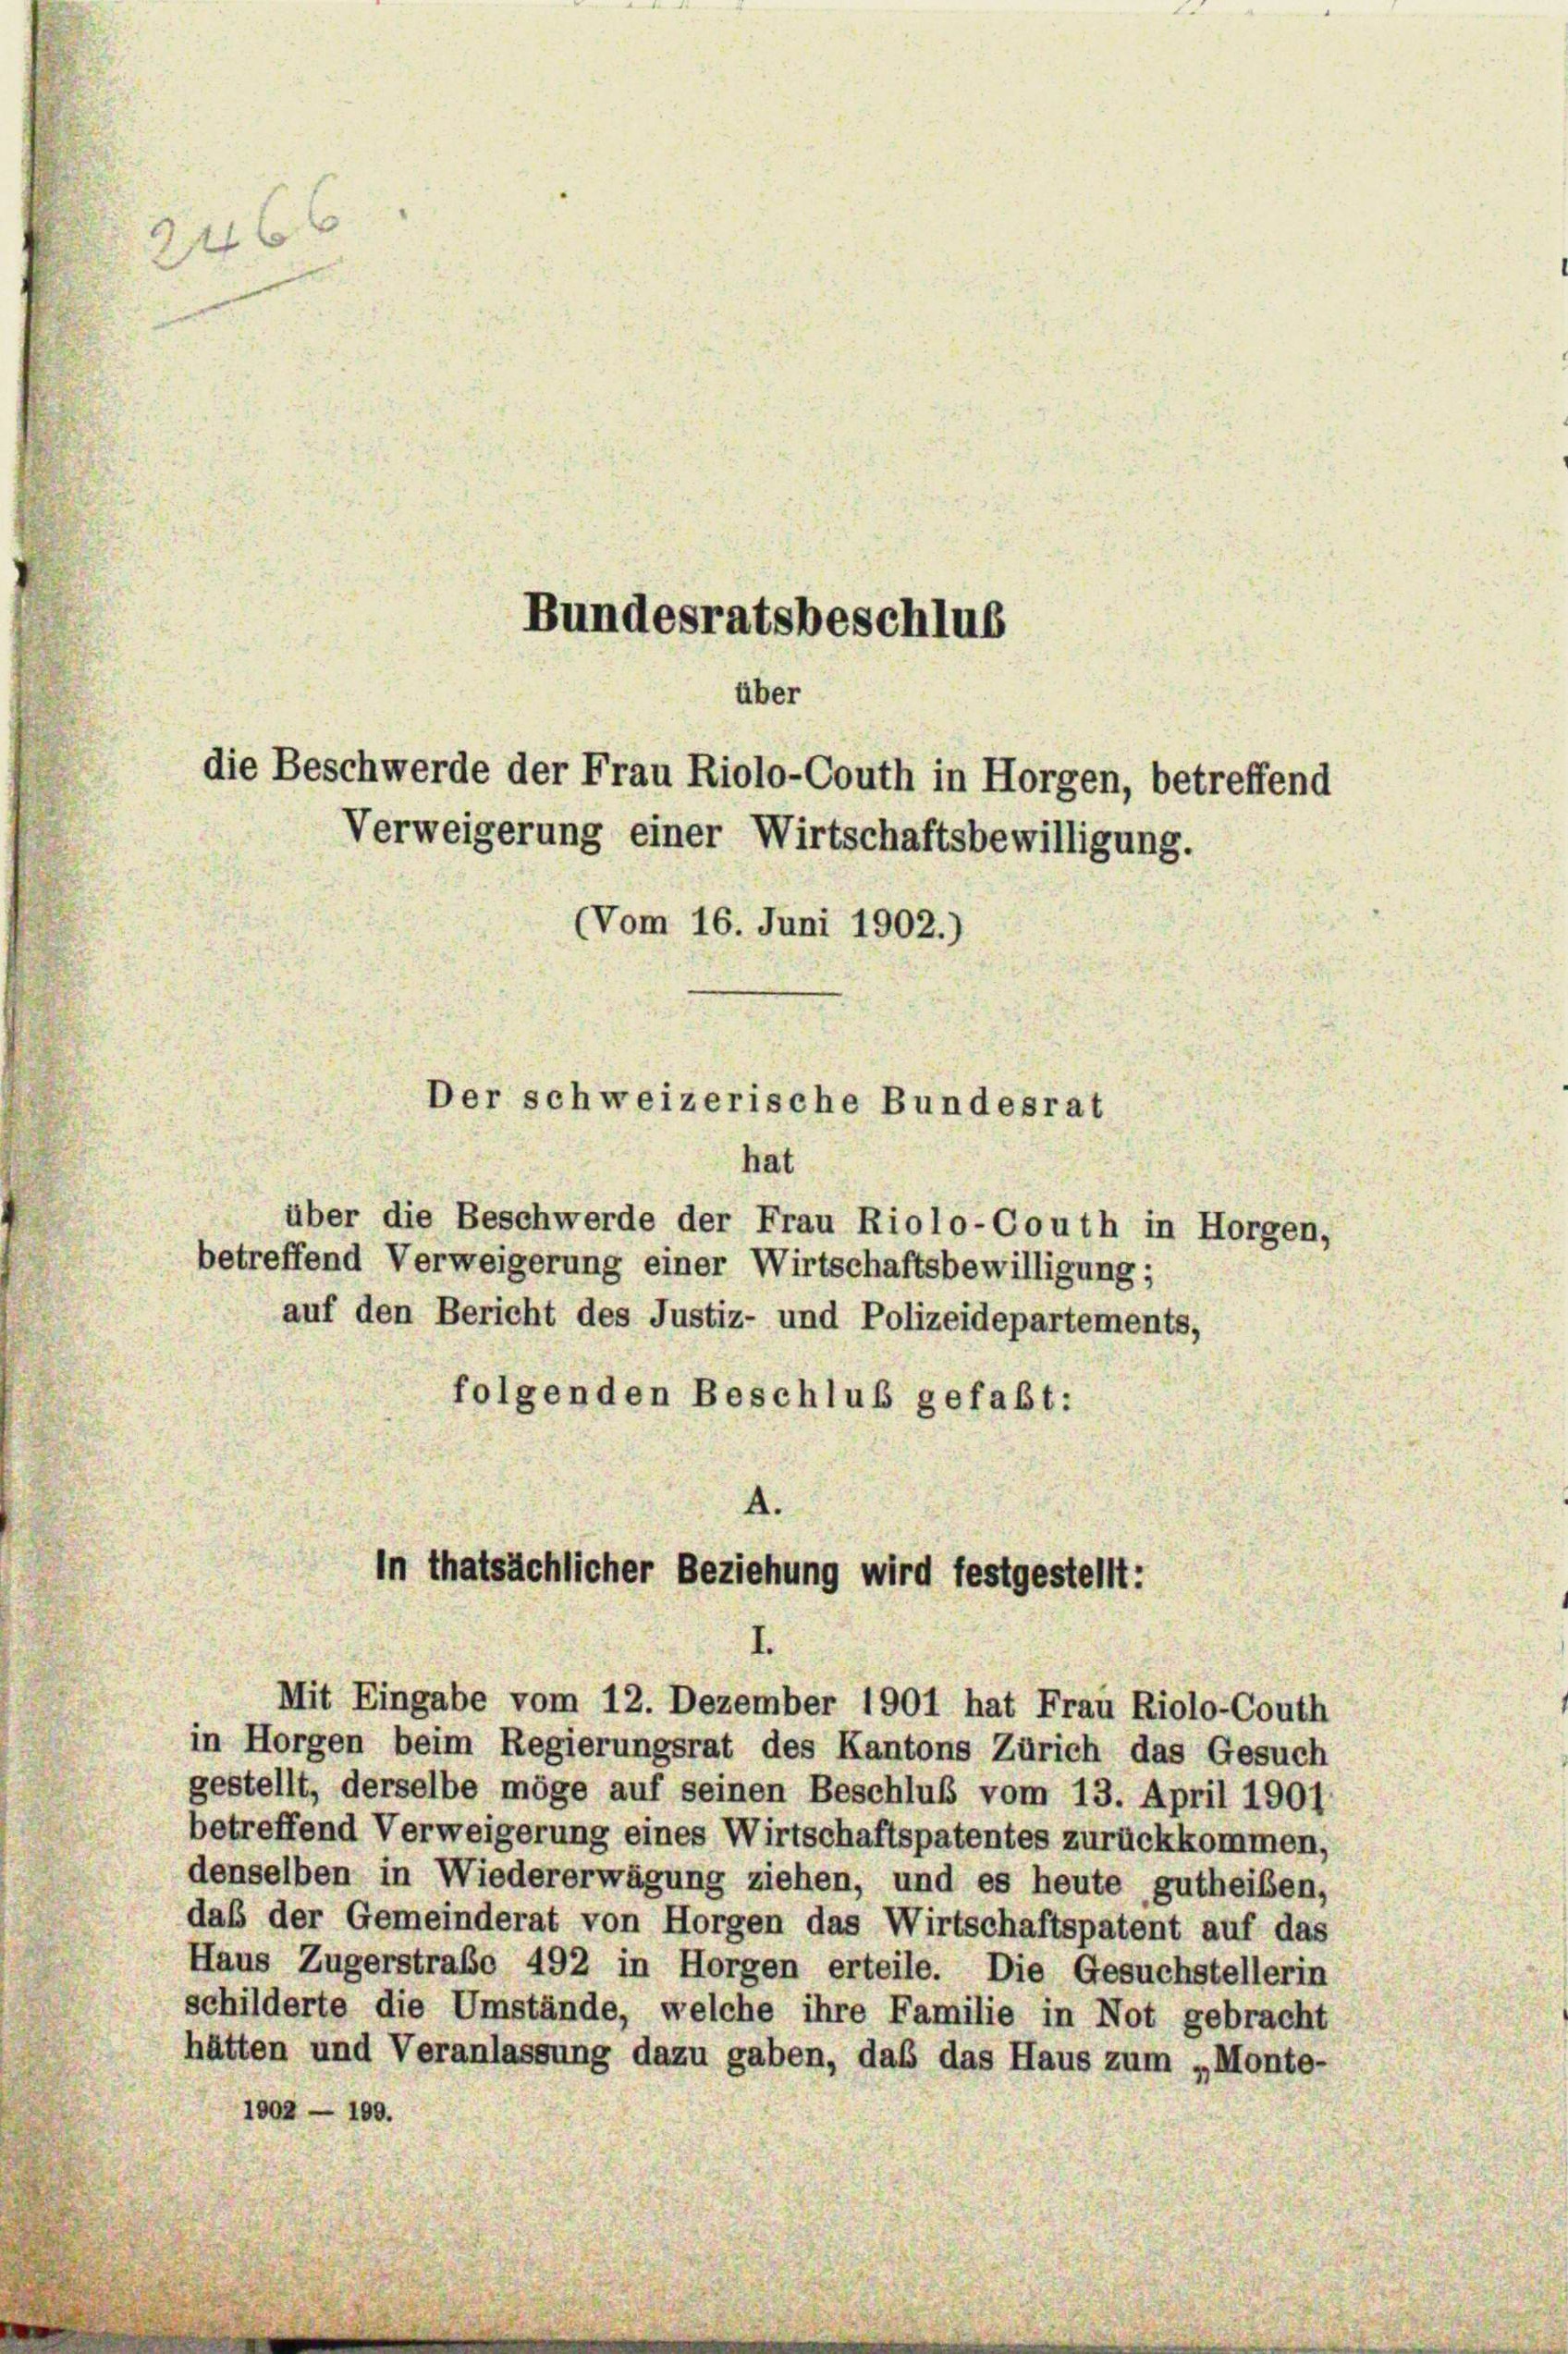
2460

Bundesratsbeschlus
über
die Beschwerde der Frau Riolo-Couth in Horgen, betreffend

Verweigerung einer Wirtschaftsbewilligung.
(Vom 16. Juni 1902.)
Der schweizerische Bundesrat

hat
über die Beschwerde der Frau Riolo-Gouth in Horgen,
betreffend Verweigerung einer Wirtschaftsbewilligung;
auf den Bericht des Justiz- und Polizeidepartements,
folgenden Beschluß gefaßt:
4.

in Horgen beim Regierungsrat des Kantons Zürich das Gesuch
gestellt, derselbe möge auf seinen Beschluß vom 13. April 1901
betreffend Verweigerung eines Wirtschaftspatentes zurückkommen,
denselben in Wiedererwägung ziehen, und es heute gutheiben,
das der Gemeinderat von Horgen das Wirtschaftspatent auf das
Haus Zugerstraße 492 in Horgen erteile. Die Gesuchstellerin
schilderte die Umstände, welche ihre Familie in Not gebracht
hätten und Veranlassung dazu gaben, das das Haus zum „Monte-
1002 - 109.

in thatsächlicher Beziehung wird festgestellt:
.
Mit Eingabe vom 12. Dezember 1901 hat Frau Riolo-Couth